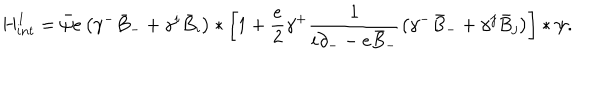
{ H } _ { i n t } ^ { 1 } = \bar { \psi } e \left( \gamma ^ { - } \bar { B } _ { - } + \gamma ^ { i } \bar { B } _ { i } \right) \ast \left[ 1 + \frac { e } { 2 } \gamma ^ { + } \frac { 1 } { i \partial _ { - } - e \bar { B } _ { - } } \left( \gamma ^ { - } \bar { B } _ { - } + \gamma ^ { j } \bar { B } _ { j } \right) \right] \ast \psi .